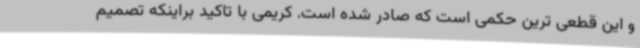
و این قطعی ترین حکمی است که صادر شده است. کریمی با تاکید براینکه تصمیم